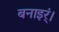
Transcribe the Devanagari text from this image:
बनाइर्ं।